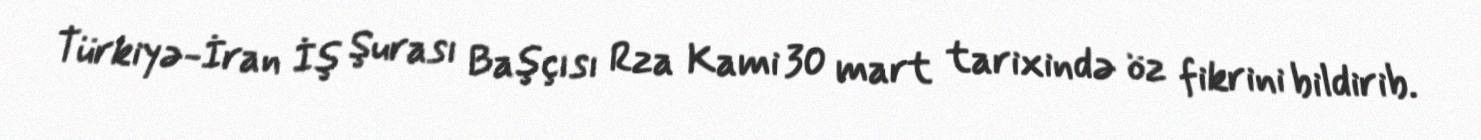
Türkiyə-İran İş Şurası Başçısı Rza Kami 30 mart tarixində öz fikrini bildirib.